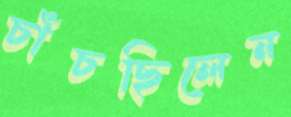
চাঁচছিলেন